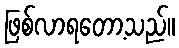
ဖြစ်လာရတော့သည်။